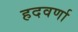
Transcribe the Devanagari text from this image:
हदवर्णा